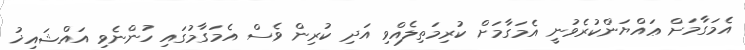
އެމަގާމަށް ޢައްޔަންކުރެވުނީ އެމަގާމަށް ކުރިމަތިލެއްވި އަދި ކުރިން ވެސް އެމަގާމުގައި ހުންނެވި އައްޝައިޚު